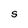
Character: S